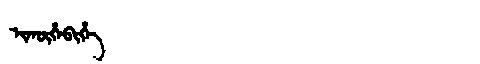
Manchu: ᡳᡴᡡᡥᠠᠪᡳᡥᡝ
Romanization: IKŪHABIHE